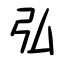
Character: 弘